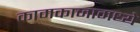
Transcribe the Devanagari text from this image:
कामकाजामध्ये